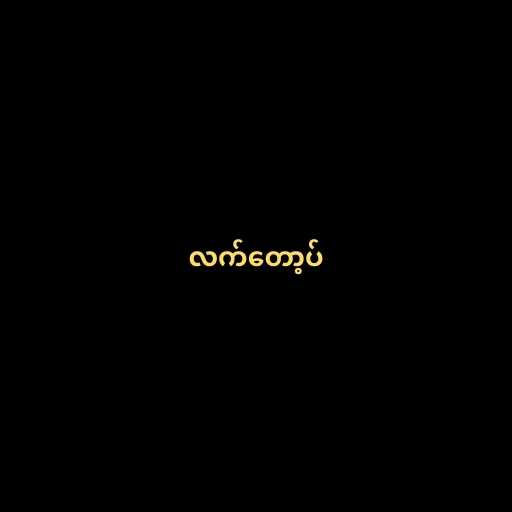
လက်တော့ပ်